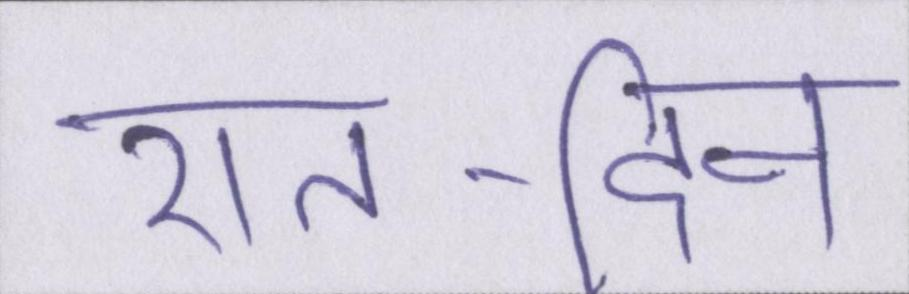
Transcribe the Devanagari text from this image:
रात-दिन